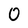
Character: 0